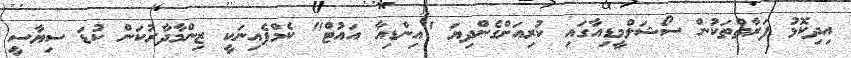
އިދިކޮޅު ފަރާތްތަކުން ސޯޝަލްމީޑިއާގައި ކުރިއަށްގެންދިޔަ "އިންޑިއާ އައުޓް" ކެމްޕެއިނަކީ ޒިންމާދާރުކަން ކުޑަ ސިޔާސީ